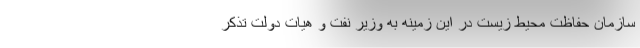
سازمان حفاظت محیط‌ زیست در این زمینه به وزیر نفت و هیات دولت تذکر